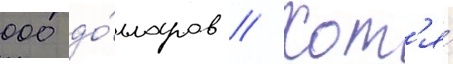
000 до́лларов // Хот'я́